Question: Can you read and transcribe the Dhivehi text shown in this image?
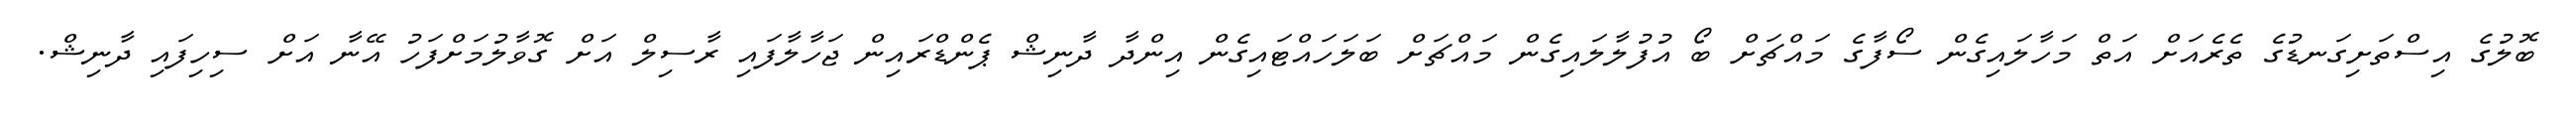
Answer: ބޮލުގެ އިސްތަށިގަނޑުގެ ތެރެއަށް އަތް މަހާލައިގެން ސޯފާގެ މައްޗަށް ބޯ އުފުލާލައިގެން މައްޗަށް ބަލަހައްޓައިގެން އިންދާ ދާނިޝް ޕެންޑްރައިން ޖަހާލާފައި ރާސިލް އަށް ގޮވާލުމަށްފަހު އޭނާ އަށް ސިހިފައި ދާނިޝް.